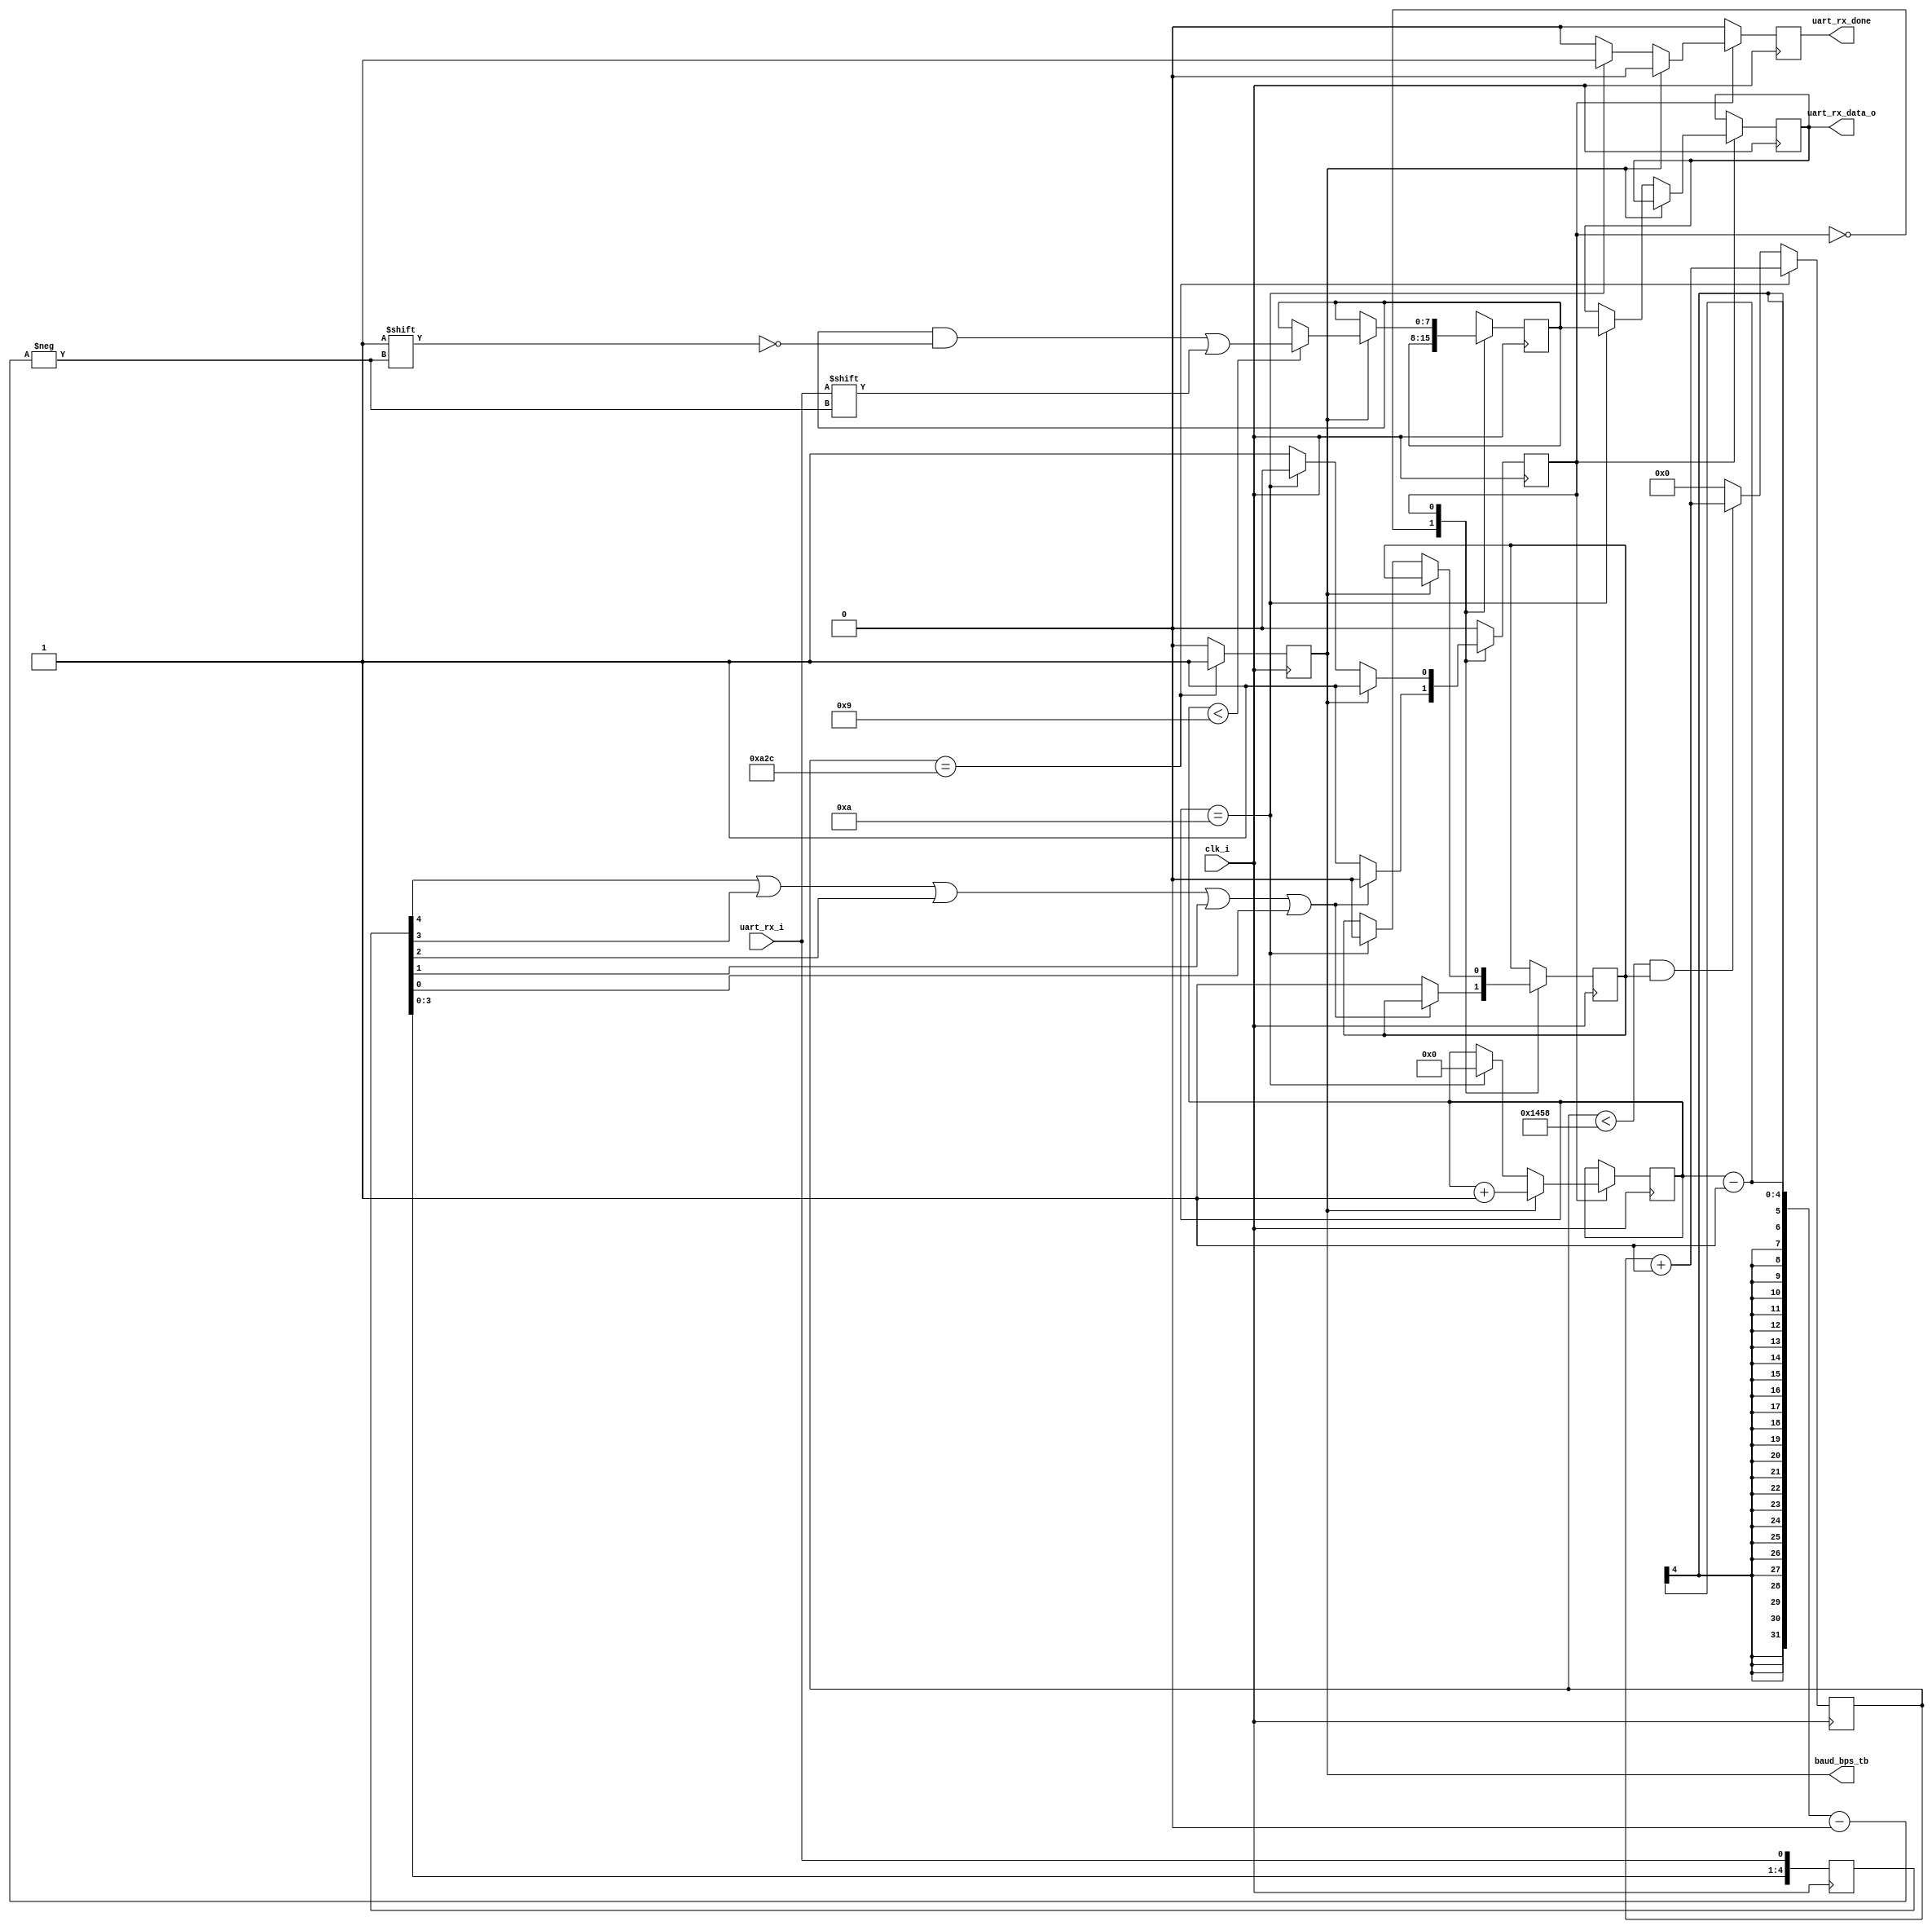
`timescale 1ns / 1ps

module uart_rx_path(
	input clk_i,
	input uart_rx_i,
	
	output [7:0] uart_rx_data_o,
	output uart_rx_done,
	output baud_bps_tb			//for simulation
    );
    
parameter [12:0] BAUD_DIV     = 13'd5208;   //9600bps50Mhz/9600=5208
parameter [12:0] BAUD_DIV_CAP = 13'd2604;   //50Mhz/9600/2=2604

reg [12:0] baud_div=0;				          //
reg baud_bps=0;					              //
reg bps_start=0;					          //
always@(posedge clk_i)
begin
	if(baud_div==BAUD_DIV_CAP)	    	     //baud_bps
		begin
			baud_bps<=1'b1;
			baud_div<=baud_div+1'b1;
		end
	else if(baud_div<BAUD_DIV && bps_start)  //
		begin
			baud_div<=baud_div+1'b1;
			baud_bps<=0;
		end
	else
		begin
			baud_bps<=0;
			baud_div<=0;
		end
end

reg [4:0] uart_rx_i_r=5'b11111;			    //
always@(posedge clk_i)
begin
	uart_rx_i_r<={uart_rx_i_r[3:0],uart_rx_i};
end
//uart_rx_int=0
wire uart_rx_int=uart_rx_i_r[4] | uart_rx_i_r[3] | uart_rx_i_r[2] | uart_rx_i_r[1] | uart_rx_i_r[0];

reg [3:0] bit_num=0;	      //
reg uart_rx_done_r=0;	      //
reg state=1'b0;

reg [7:0] uart_rx_data_o_r0=0;//
reg [7:0] uart_rx_data_o_r1=0;//

always@(posedge clk_i)
begin
	uart_rx_done_r<=1'b0;
	case(state)
		1'b0 : 
			if(!uart_rx_int)//uart_rx_int=0
				begin
					bps_start<=1'b1;
					state<=1'b1;
				end
		1'b1 :			
			if(baud_bps)	//
				begin
					bit_num<=bit_num+1'b1;
					if(bit_num<4'd9)	//1bit8bit1bit
						uart_rx_data_o_r0[bit_num-1]<=uart_rx_i;
				end
			else if(bit_num==4'd10) //
				begin
					bit_num<=0;
					uart_rx_done_r<=1'b1;
					uart_rx_data_o_r1<=uart_rx_data_o_r0;
					state<=1'b0;//0
					bps_start<=0;
				end
		default:;
	endcase
end

assign baud_bps_tb=baud_bps;//for simulation
assign uart_rx_data_o=uart_rx_data_o_r1;		
assign uart_rx_done=uart_rx_done_r;
endmodule